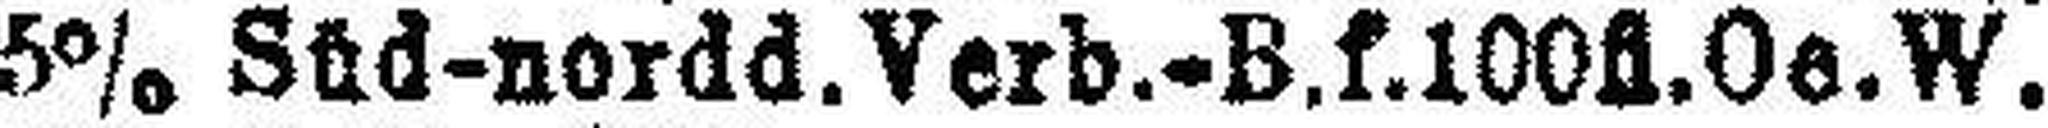
5% Süd-nordd. Verb.-B.f. 100fl. Oe. W.